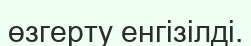
өзгерту енгізілді.